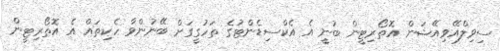
ސިވިލްއޭވިއޭޝަން އޮތޯރިޓީން ބުނީ އެ އެކްސިޑެންޓުގެ ތަހުގީގަށް ބޭނުންވާ ހެކިތައް އެ އޮތޯރިޓީން